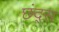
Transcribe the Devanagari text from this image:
छंद्स